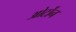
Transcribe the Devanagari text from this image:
ओर्टोन